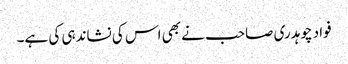
فواد چوہدری صاحب نے بھی اس کی نشاندہی کی ہے۔